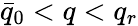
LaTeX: \bar{q}_{0}<q<q_{r}